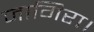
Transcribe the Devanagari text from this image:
जागिरा।